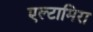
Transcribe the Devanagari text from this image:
एल्टामिरा